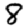
Digit: 8